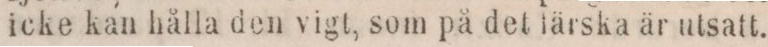
icke kan hålla den vigt, som på det färska är utsatt.